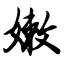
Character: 嫩